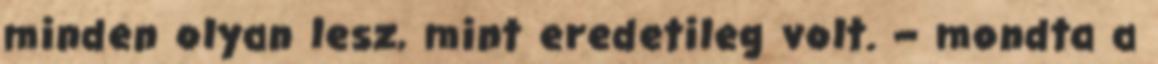
minden olyan lesz, mint eredetileg volt. – mondta a